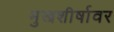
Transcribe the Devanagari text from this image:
मुखशीर्षावर